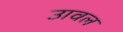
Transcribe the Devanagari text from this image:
उावल